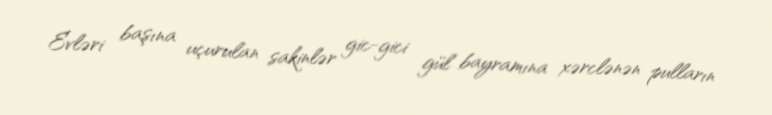
Evləri başına uçurulan sakinlər gic-gici gül bayramına xərclənən pulların